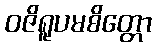
ဝဇိရူပမစိတ္တော